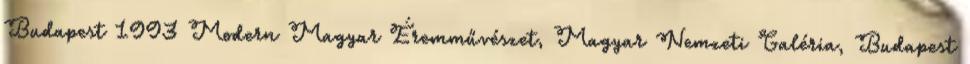
Budapest 1993 Modern Magyar Éremművészet, Magyar Nemzeti Galéria, Budapest